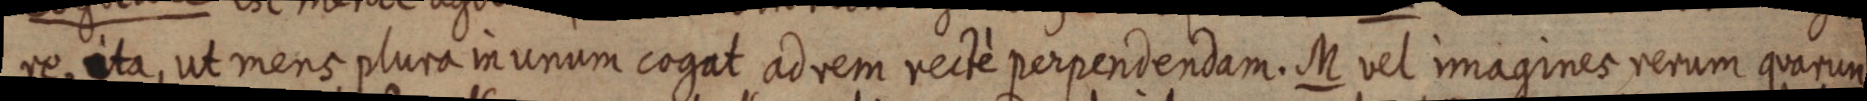
re, ita, ut mens plura in unum cogat ad rem recté perpendendam. M vel imagines rerum quarum